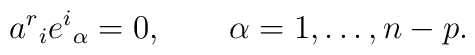
a^r{}_i e^i{}_\alpha = 0, \qquad \alpha = 1,\ldots, n-p.